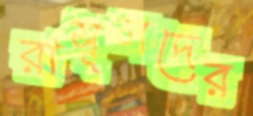
রাসূলদের